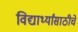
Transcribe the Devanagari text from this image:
विद्यार्थ्यांसाठीचे